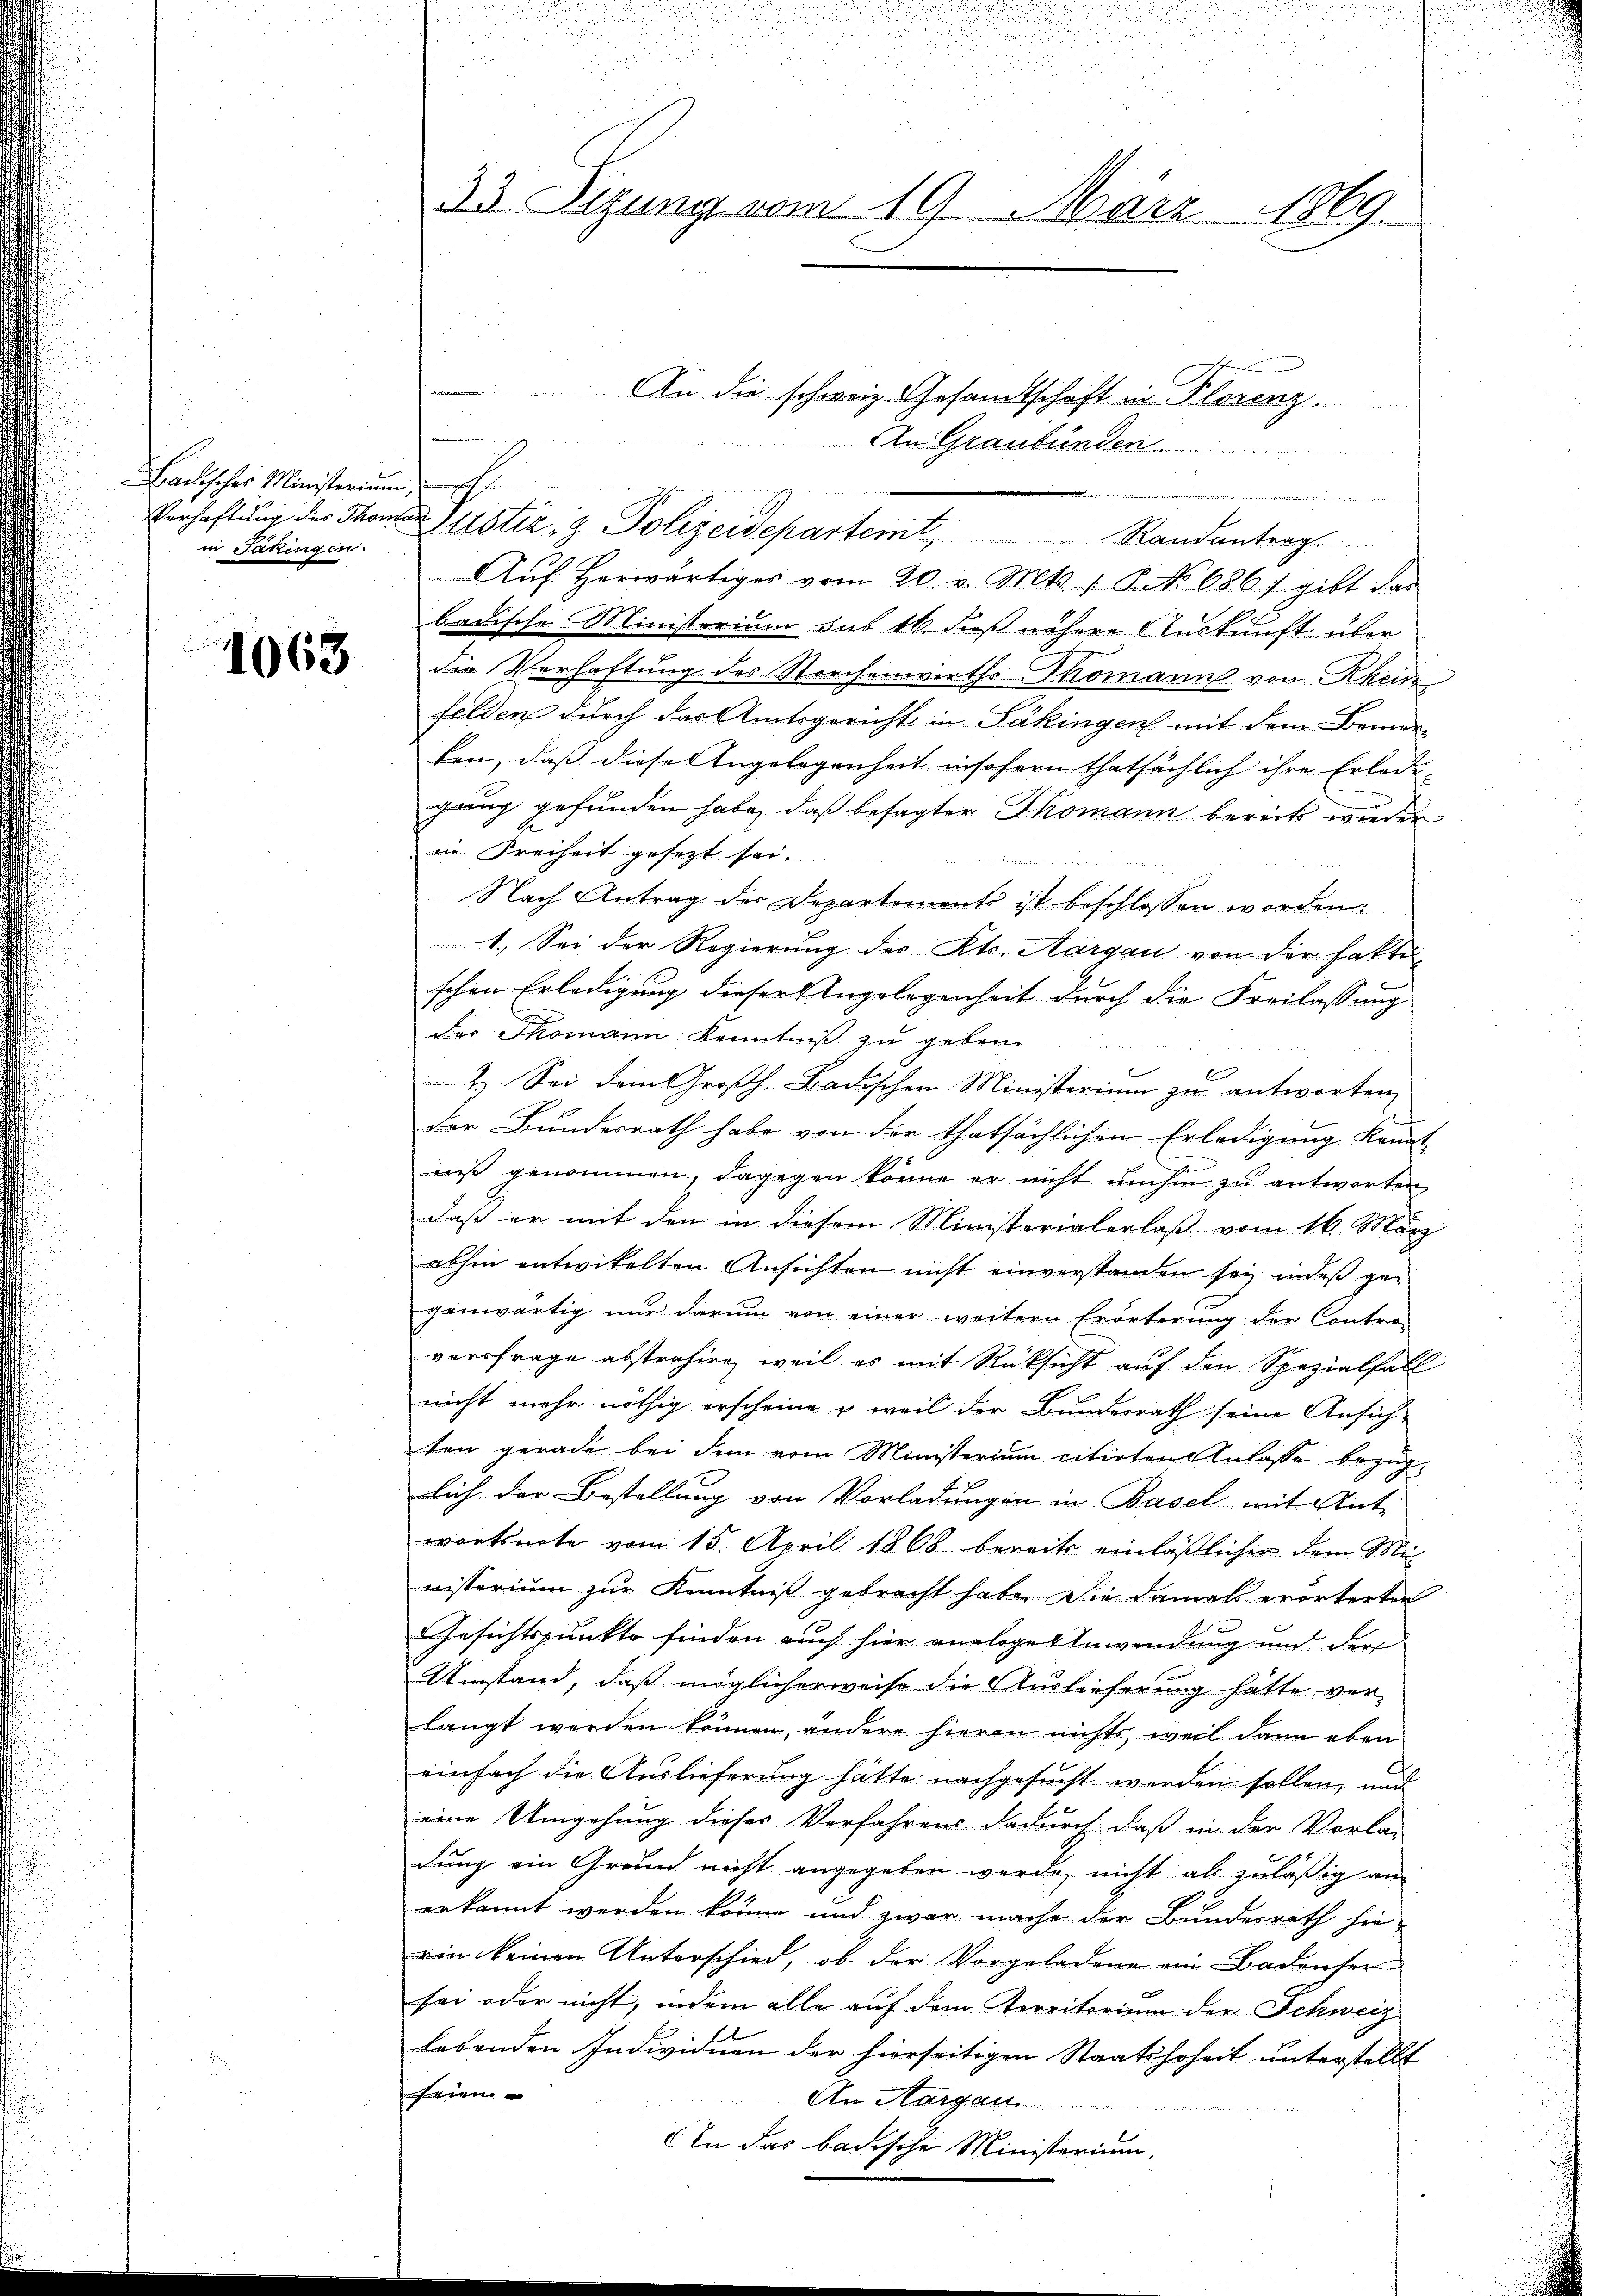
radisches Ministerium, s
in Sakingen.

1063

u
d
.
u
252 x

33 Sizung vom 19. März 1869.

u

Aŭf herwärtiges vom 20. v. Mts. 1. S. 686) gibt das
badische Ministerium sub 16. daß nähere Auskunft über
die Verhaftung des Storchenwirths Thomanns von Rhein
felden durch das Amtsgericht in Säkingen mit dem Bemer
ten, daß diese Angelegenheit insofern thatsächlich ihre Erledi-
gung gefunden habe, daß besagter Thomann bereits wieder
in Freiheit gesezt sei.
Nach Antrag der Departement ist beschlossen worden:
1. Sei der Regierung des Kts. Aargau von der fakti-
schen Erledigung dieser Angelegenheit durch die Freilassung
der Thomann Kenntniß zu geben.

C
2.) Sei dem Großh. Badischen Ministerium zu antworten
der Bundesrath habe von der thatsächlichen Erledigung kannt
n
niß genommen, dagegen könne er nicht umhin zu antworten
daß er mit den in diesem Ministerialerlaß vom 16. März
abhin entwickelten Ansichten nicht einverstanden sey, indeß gegenwärtig nur darum von einer weitere Erörterung der Contro-
verfrage abstrahire, weil es mit Rücksicht auf den Spezialfall
nicht mehr nöthig erscheine & weil der Bundesrath seine Ansich-
ten gerade bei dem vom Ministerium citirten Anlasse bezüglich der Bestellung von Vorladungen in Basel mit Antwortsnote vom 15. April 1868 bereits einläßlicher dem Mi
nisterium zur Kenntniß gebracht habe. Die damals erörterten
Gesichtspunkte finden auch hier analoge Anwendung und der
Umstand, daß möglicherweise die Auslieferung hätte ver-
langt werden können, andere hieran nichts, weil dann eben
einfach die Auslieferung hätte nachgesucht worden sollen, und
eine Umgehung dieses Verfahrens dadurch daß in der Vorla-
dung ein Grund nicht angegeben werde, nicht als zuläßig an
erkannt werden könne und zwar mache der Bundesrath hierin keinen Unterschied, ob der Vorgeladene ein Badenser
sei oder nicht, indem alle auf dem Territorium der Schweiz
lebenden Individuen der hierseitigen Staatshoheit unterstellt
frien
An Aargau
An das badische Ministerium.

1
arg.
u
w
Verhaftung des Thomas Justiz- & Polizeidepartemt, Randantrag.

An die schweiz. Gesamtschaft in Florenz
An Graubünden.

2